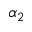
\alpha _ { 2 }